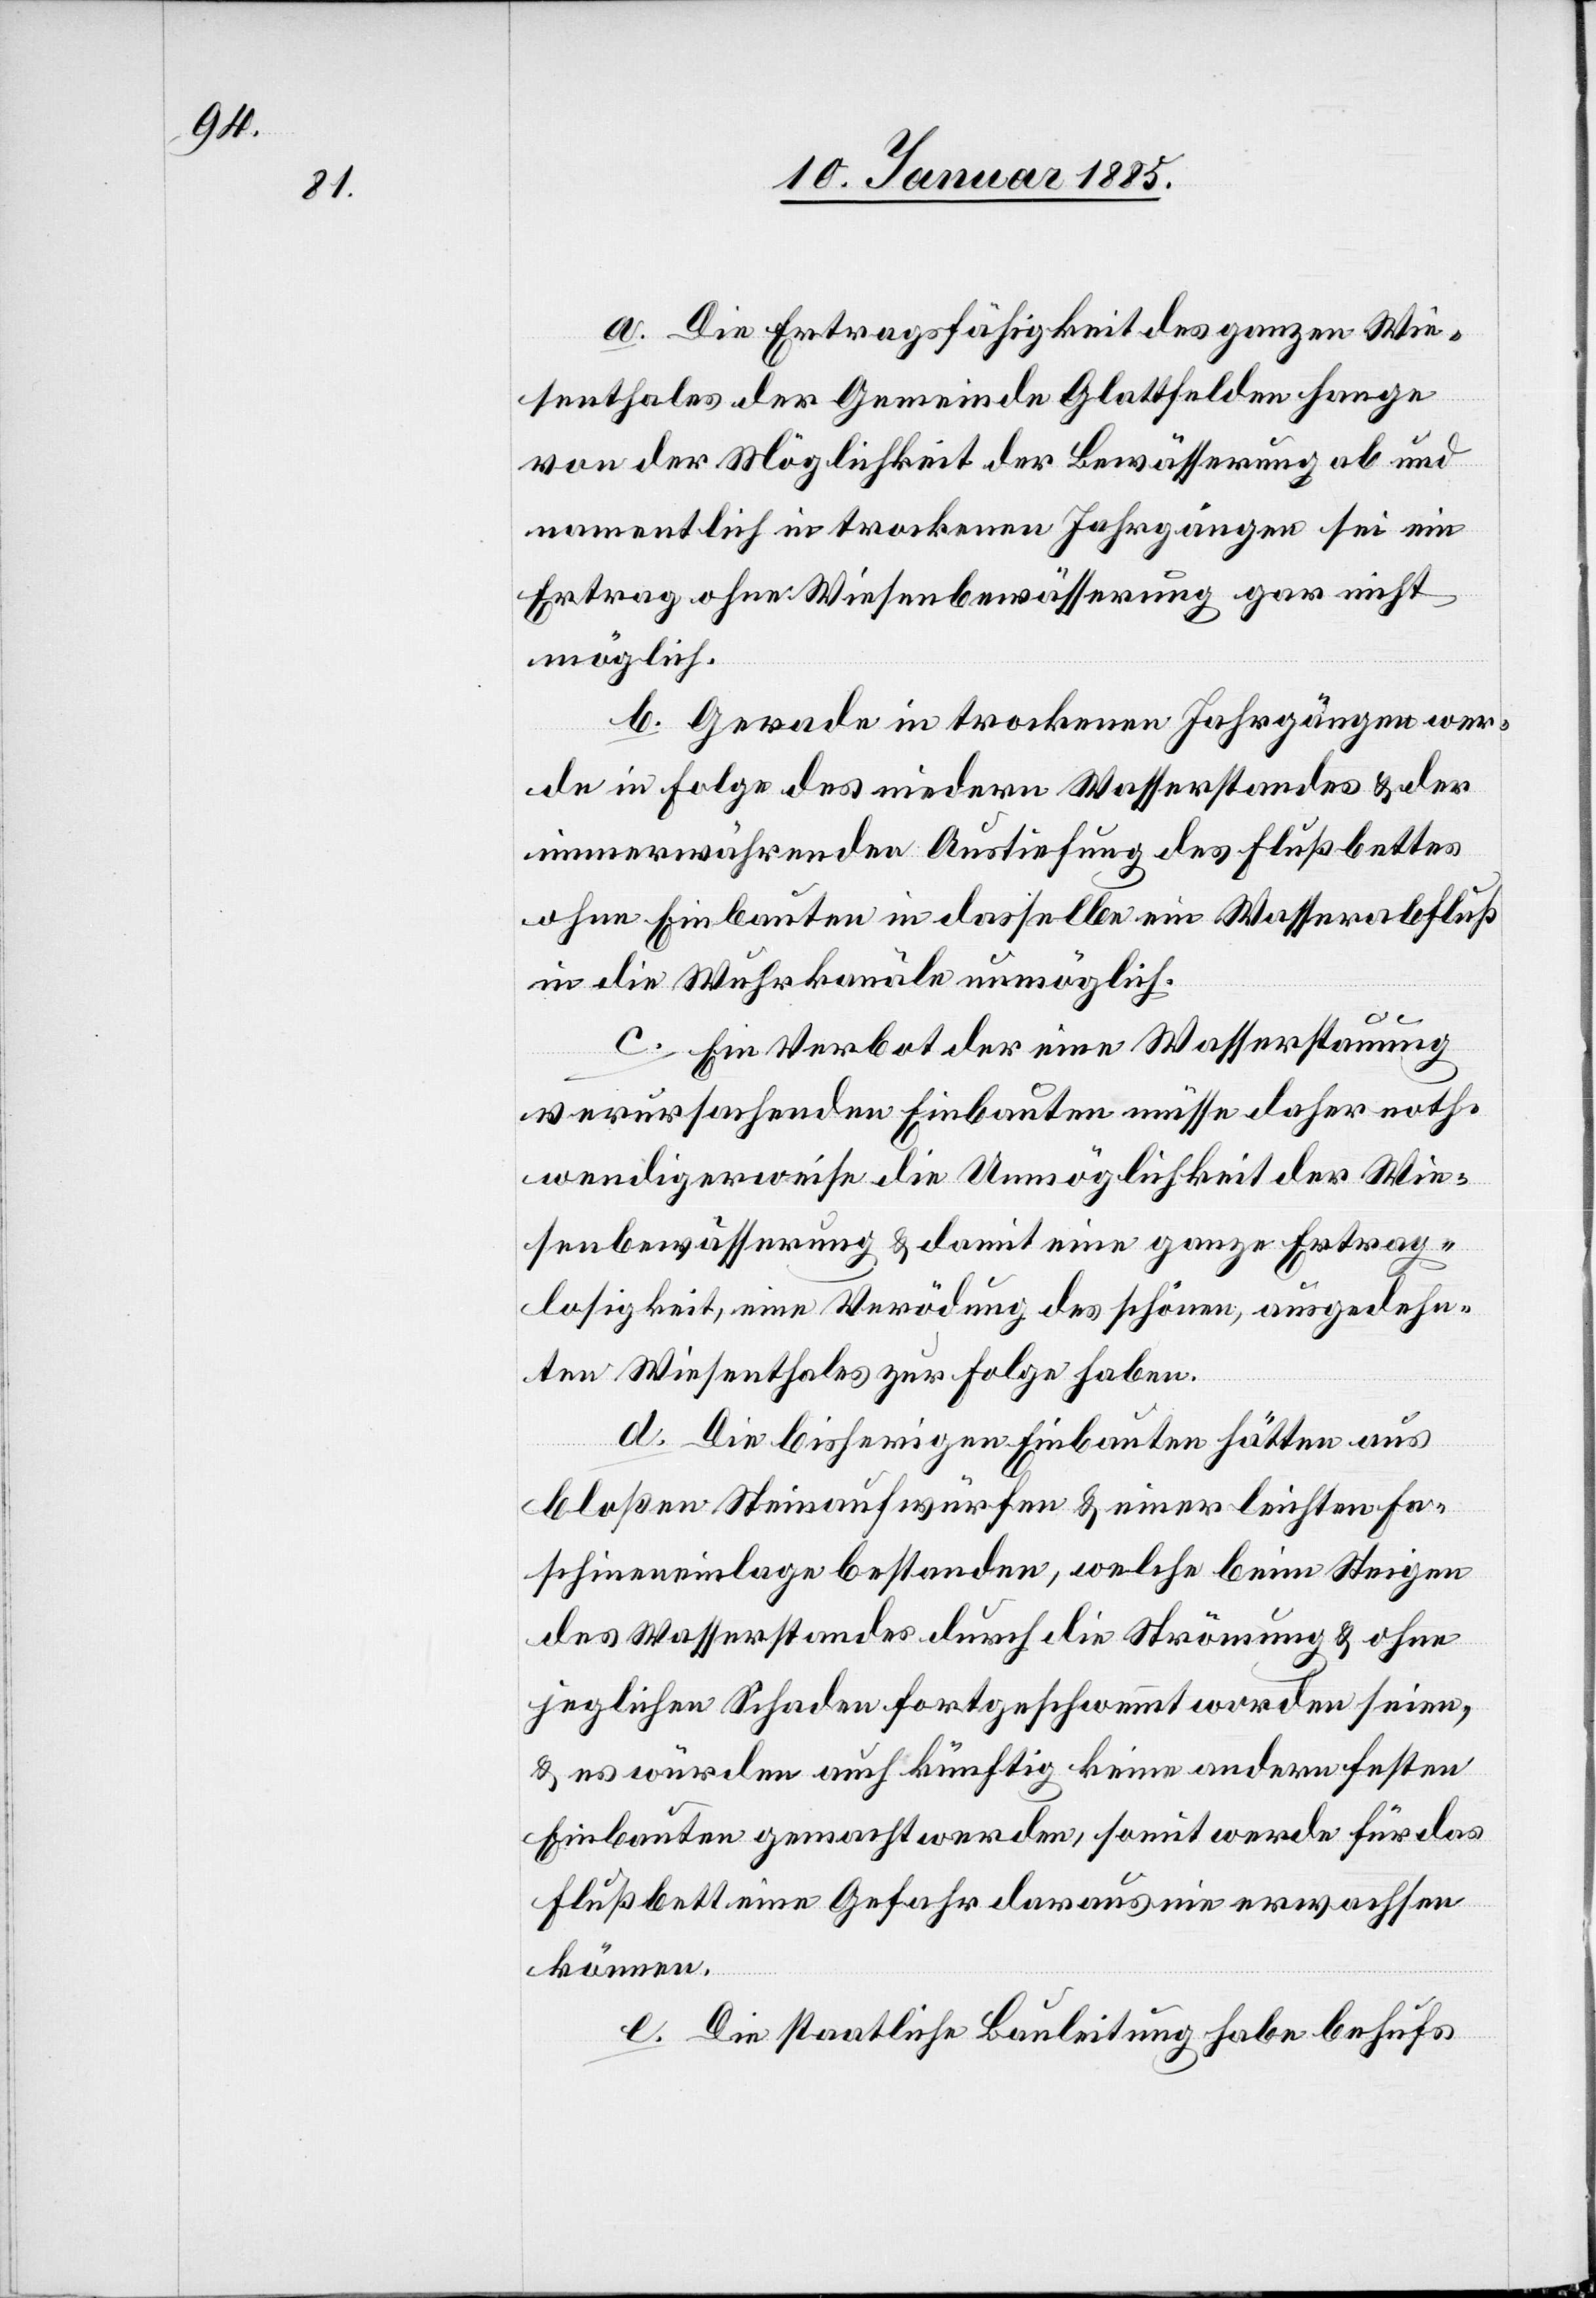
a. Die Ertragsfähigkeit des ganzen Wie¬
senthales der Gemeinde Glattfelden hange
von der Möglichkeit der Bewässerung ab und
namentlich in trockenen Jahrgängen sei ein
Ertrag ohne Wiesenbewässerung gar nicht
möglich.
b. Gerade in trockenen Jahrgängen wer¬
de in Folge des niedern Wasserstandes & der
immerwährenden Austiefung des Flußbettes
ohne Einbauten in dasselbe ein Wasserabfluß
in die Wuhrkanäle möglich.
c. Ein Verbot der eine Wasserstauung
verursachenden Einbauten müsse daher noth¬
wendigerweise die Unmöglichkeit der Wie¬
senbewässerung & damit eine ganze Ertrag¬
slosigkeit, eine Verödung des schönen, ausgedehn¬
ten Wiesenthales zur Folge haben.
d. Die bisherigen Einbauten hätten aus
bloßen Steinauswürfen & einer leichten Fa¬
schineneinlage bestanden, welche beim Steigen
des Wasserstandes durch die Strömung & ohne
jeglichen Schaden fortgeschwemmt worden seien,
& es würden auch künftig keine andern festen
Einbauten gemacht werden, soweit werde für das
Flußbett eine Gefahr daraus nie erwachsen
können.
e. Die staatliche Bauleitung habe behufs